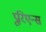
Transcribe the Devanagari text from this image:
प्रूरिएन्स